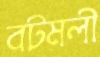
বটমলী